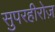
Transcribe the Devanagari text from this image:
सुपरहीरोज़